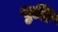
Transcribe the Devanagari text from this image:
भुलि